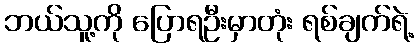
ဘယ်သူ့ကို ပြောရဦးမှာတုံး ရစ်ချက်ရဲ့